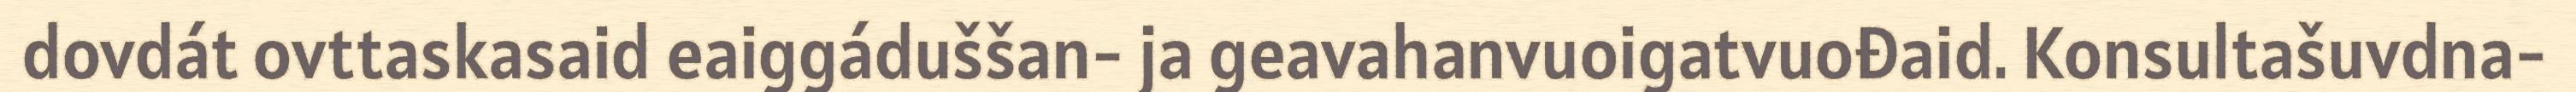
dovdát ovttaskasaid eaiggáduššan- ja geavahanvuoigatvuođaid. Konsultašuvdna-